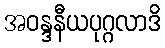
အဝန္ဒနီယပုဂ္ဂလာဒိ